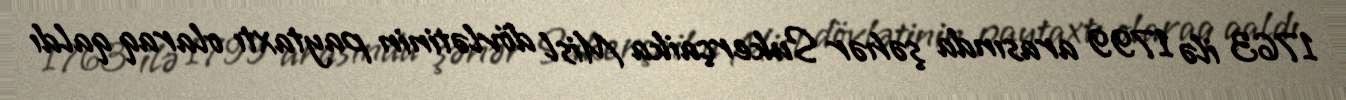
1763 ilə 1799 arasında şəhər Sukerçaika Misl dövlətinin paytaxtı olaraq qaldı